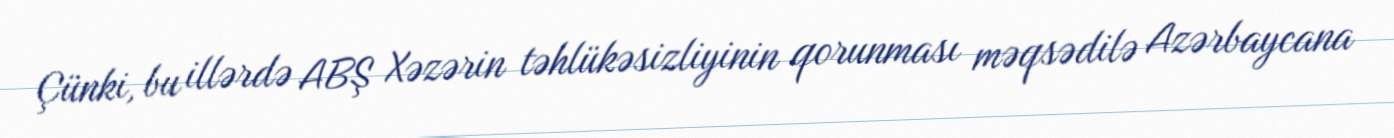
Çünki, bu illərdə ABŞ Xəzərin təhlükəsizliyinin qorunması məqsədilə Azərbaycana